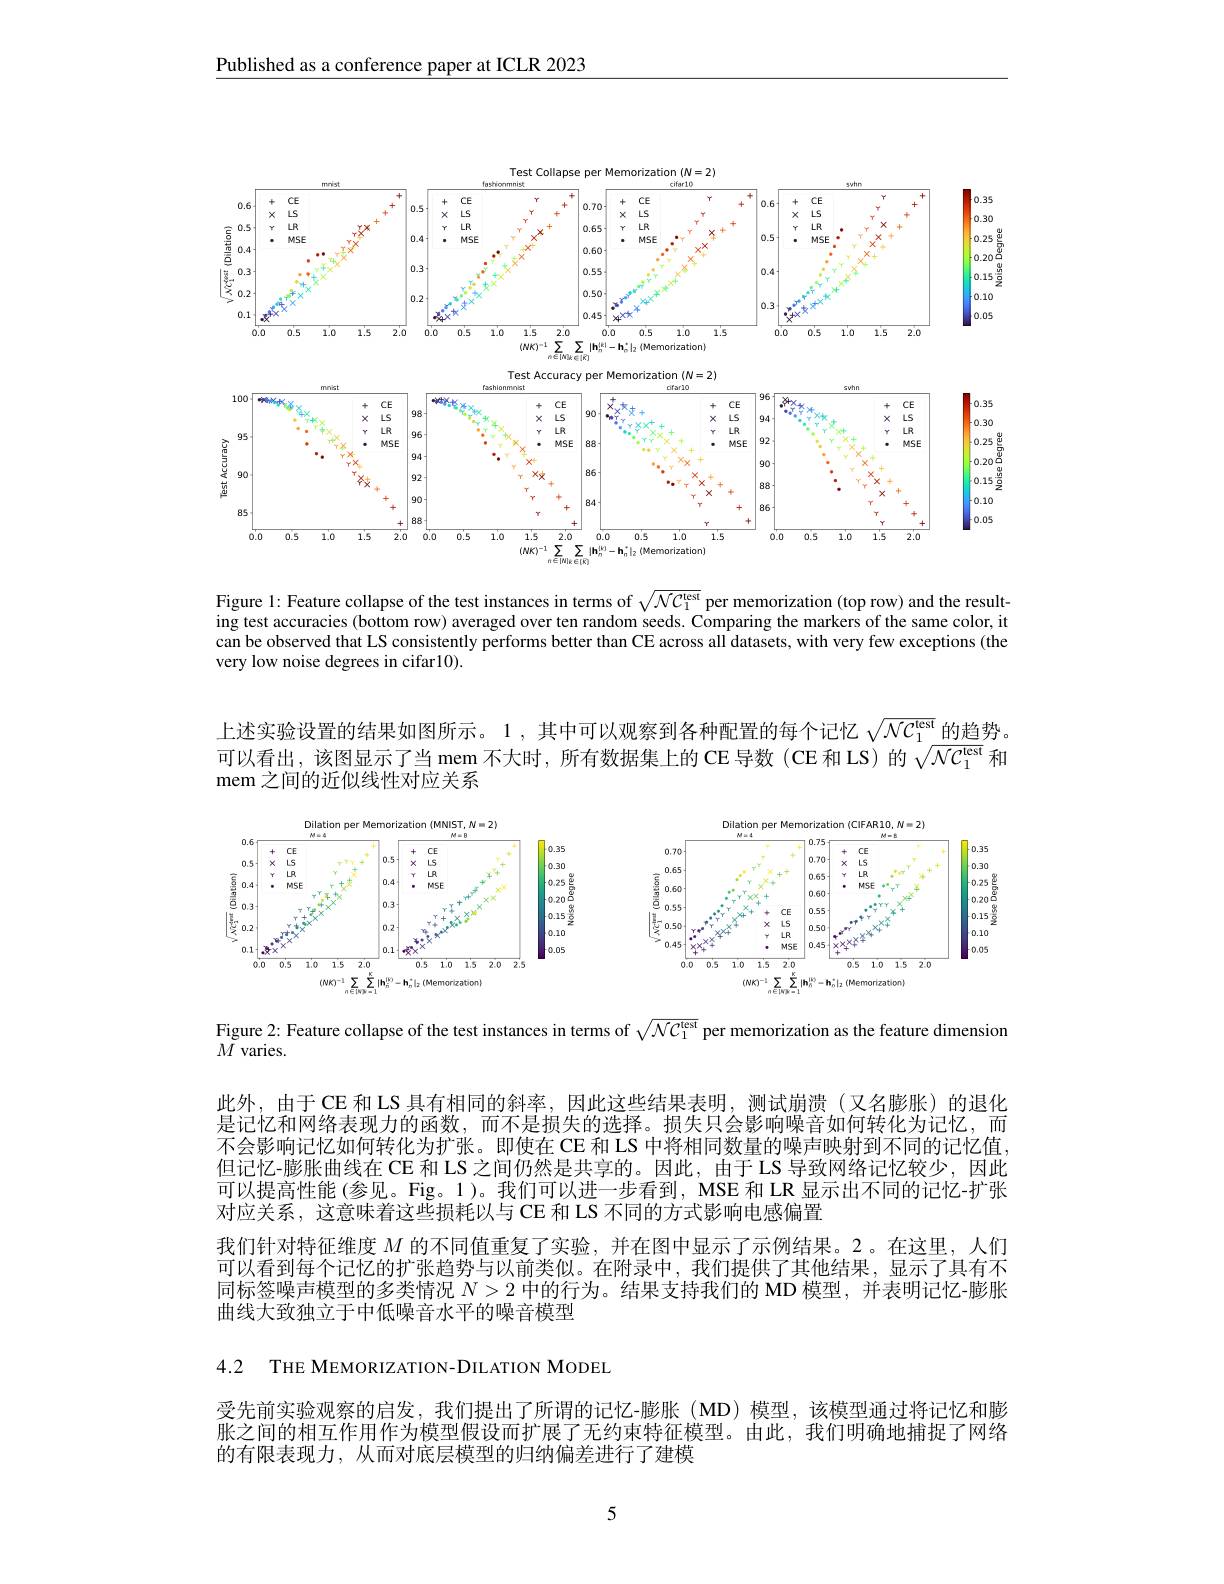
Published as a conference paper at ICLR 2023

<FigureHere>

Figure 1: Feature collapse of the test instances in terms of $\sqrt{\mathcal{N}\mathcal{C}_1^\text{test}}$ per memorization (top row) and the resulting test accuracies (bottom row) averaged over ten random seeds. Comparing the markers of the same color, it can be observed that LS consistently performs better than CE across all datasets, with very few exceptions (the very low noise degrees in cifar10).

上述实验设置的结果如图所示。1,其中可以观察到各种配置的每个记忆$\sqrt{NC_1^\mathrm{lest}}\underline{\text{的趋势。}}$ 可以看出，该图显示了当 mem 不大时，所有数据集上的 CE 导数(CE 和 LS) 的 $\sqrt{\mathcal{N}\mathcal{C}_1^\mathrm{lest}}$和mem 之间的近似线性对应关系

<FigureHere>

Figure 2: Feature collapse of the test instances in terms of $\sqrt{\mathcal{N}C_1^{\mathrm{test}}}$ per memorization as the feature dimension

$M$ varies.

此外，由于CE 和 LS 具有相同的斜率，因此这些结果表明，测试崩溃(又名膨胀)的退化是记忆和网络表现力的函数，而不是损失的选择。损失只会影响噪音如何转化为记忆，而不会影响记忆如何转化为扩张。即使在 CE 和 LS 中将相同数量的噪声映射到不同的记忆值， 但记忆-膨胀曲线在 CE 和 LS 之间仍然是共享的。因此，由于 LS 导致网络记忆较少，因此可以提高性能(参见。Fig。1)。我们可以进一步看到，MSE 和 LR 显示出不同的记忆-扩张对应关系，这意味着这些损耗以与 CE 和 LS 不同的方式影响电感偏置
我们针对特征维度$M$的不同值重复了实验，并在图中显示了示例结果。2。在这里，人们， 可以看到每个记忆的扩张趋势与以前类似。在附录中，我们提供了其他结果，显示了具有不同标签噪声模型的多类情况$N>2$中的行为。结果支持我们的 MD 模型，并表明记忆-膨胀曲线大致独立于中低噪音水平的噪音模型

4.2 THE MEMORIZATION-DILATION MODEL

受先前实验观察的启发，我们提出了所谓的记忆-膨胀(MD)模型，该模型通过将记忆和膨胀之间的相互作用作为模型假设而扩展了无约束特征模型。由此，我们明确地捕捉了网络的有限表现力，从而对底层模型的归纳偏差进行了建模

5